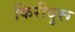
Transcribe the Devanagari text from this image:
किरीबुरू